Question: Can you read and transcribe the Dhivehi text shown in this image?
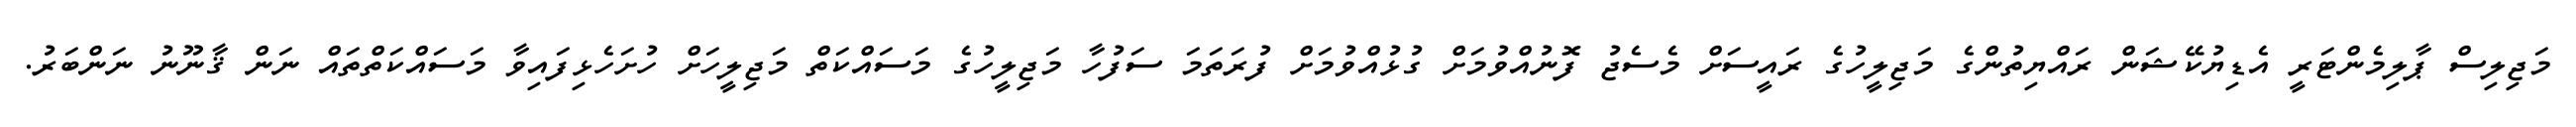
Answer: މަޖިލިސް ޕާލިމެންޓަރީ އެޑިޔުކޭޝަން ރައްޔިތުންގެ މަޖިލީހުގެ ރައީސަށް މެސެޖު ފޮނުއްވުމަށް ގުޅުއްވުމަށް ފުރަތަމަ ސަފުހާ މަޖިލީހުގެ މަސައްކަތް މަޖިލީހަށް ހުށަހެޅިފައިވާ މަސައްކަތްތައް ނަން ޤާނޫނު ނަންބަރު.